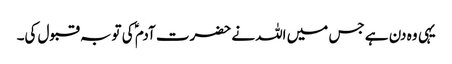
یہی وہ دن ہے جس میں اللہ نے حضرت آدم ؑ کی توبہ قبول کی۔